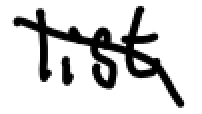
Text: list
Cross-out: diagonal
Writing tool: digital_black